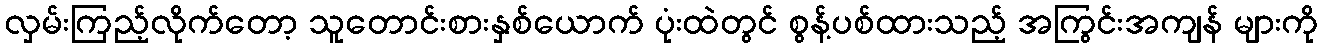
လှမ်းကြည့်လိုက်တော့ သူတောင်းစားနှစ်ယောက် ပုံးထဲတွင် စွန့်ပစ်ထားသည့် အကြွင်းအကျန် များကို